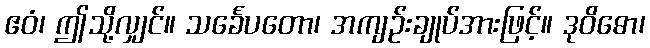
ဧဝံ၊ ဤသို့လျှင်။ သင်္ခေပတော၊ အကျဉ်းချုပ်အားဖြင့်။ ဒုဝိဓော၊